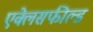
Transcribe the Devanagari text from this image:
एक्लेसफील्ड